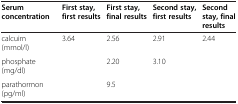
<table><thead><tr><td><b>Serum concentration</b></td><td><b>First stay, first results</b></td><td><b>First stay, final results</b></td><td><b>Second stay, first results</b></td><td><b>Second stay, final results</b></td></tr></thead><tbody><tr><td>calcuim (mmol/l)</td><td>3.64</td><td>2.56</td><td>2.91</td><td>2.44</td></tr><tr><td>phosphate (mg/dl)</td><td> </td><td>2.20</td><td>3.10</td><td> </td></tr><tr><td>parathormon (pg/ml)</td><td> </td><td>9.5</td><td> </td><td> </td></tr></tbody></table>